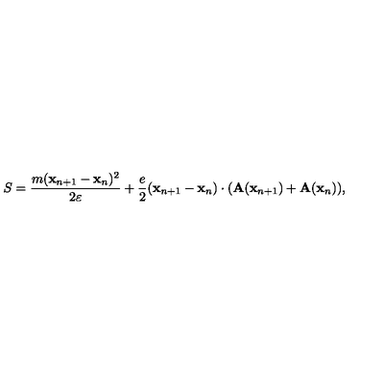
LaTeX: S = { \frac { m ( { \bf x } _ { n + 1 } - { \bf x } _ { n } ) ^ { 2 } } { 2 \varepsilon } } + { \frac { e } { 2 } } ( { \bf x } _ { n + 1 } - { \bf x } _ { n } ) \cdot ( { \bf A } ( { \bf x } _ { n + 1 } ) + { \bf A } ( { \bf x } _ { n } ) ) ,